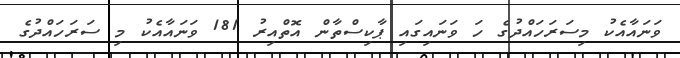
ވަނައާއެކު މިސަރަހައްދުގެ ހަ ވަނައިގައި ޕާކިސްތާން އޮތްއިރު 181 ވަނައާއެކު މި ސަރަހައްދުގެ